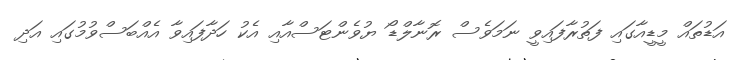
އަޑުތައް މީޑީއާގައި ފަތުރާފައިވީ ނަމަވެސް ރޮނާލްޑޯ ޔުވެންޓަސްއާއި އެކު ހަދާފައިވާ އެއްބަސްވުމުގައި އަދި